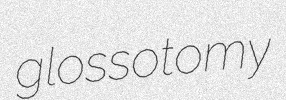
glossotomy